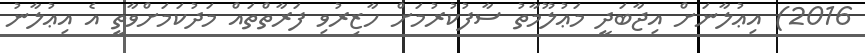
2016) އިޢުލާނަށް އިޖާބަދީ މަޢުލޫމާތު ސާފުކުރުމަށް ހާޒިރުވި ފަރާތްތައް މަދުކަމަށްވާތީ އެ އިޢުލާނު